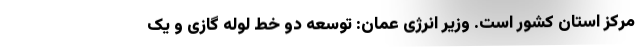
مرکز استان‌ کشور است. وزیر انرژی عمان: توسعه دو خط لوله گازی و یک